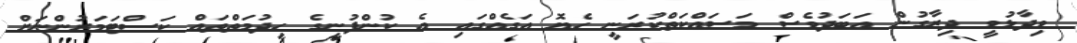
ވިދާޅުވީ ދިރާގުން އަބަދުވެސް މަސައްކަތްކުރަނީ ހެޔޮ އަގެއްގައި އެ ކުންފުނީގެ ހިދުމަތްތައް ކަސްޓަމަރުންނަށް